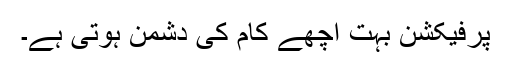
پرفیکشن بہت اچھے کام کی دشمن ہوتی ہے۔